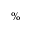
\%